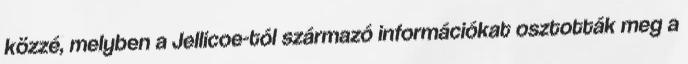
közzé, melyben a Jellicoe-tól származó információkat osztották meg a